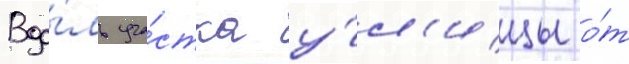
Вдо́ль уча́стка у́л'ицы о́т